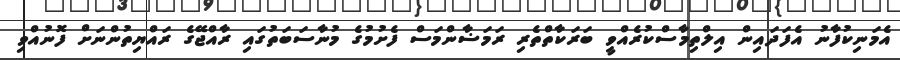
އެމަނިކުފާނު އެފަދައިން އިލްތިމާސްކުރެއްވީ ބަރަކާތްތެރި ރަމަޟާންމަސް ފެށުމުގެ މުނާސަބަތުގައި ރާއްޖޭގެ ރައްޔިތުންނަށް ފޮނުއްވި